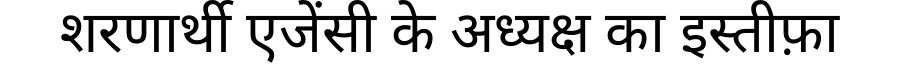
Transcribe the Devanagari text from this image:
शरणार्थी एजेंसी के अध्यक्ष का इस्तीफ़ा